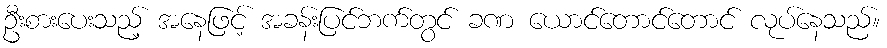
ဦးစားပေးသည့် အနေဖြင့် အခန်းပြင်ဘက်တွင် ခဏ ယောင်တောင်တောင် လုပ်နေသည်။